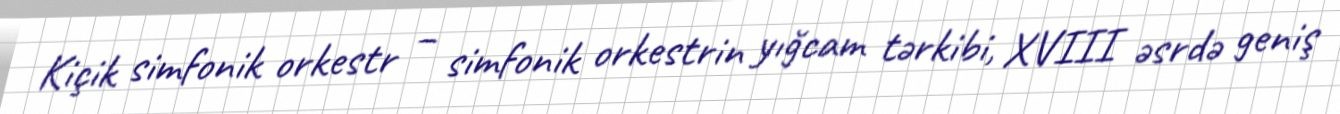
Kiçik simfonik orkestr – simfonik orkestrin yığcam tərkibi, XVIII əsrdə geniş